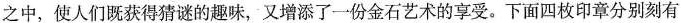
之中，使人们既获得猜谜的趣味，又增添了一份金石艺术的享受。下面四枚印章分别刻有